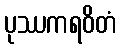
ပုဿကရဝိတံ